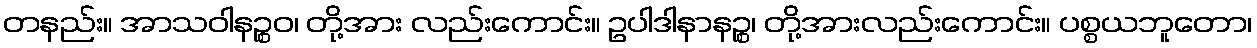
တနည်း။ အာသဝါနဉ္စဝ၊ တို့အား လည်းကောင်း။ ဥပါဒါနာနဉ္စ၊ တို့အားလည်းကောင်း။ ပစ္စယဘူတော၊